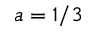
a = 1 / 3